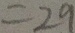
= 2 9